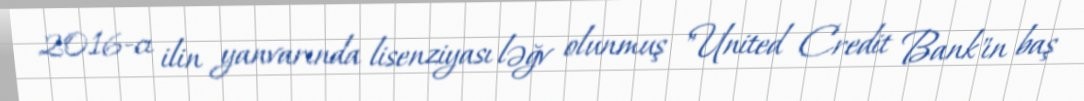
2016-cı ilin yanvarında lisenziyası ləğv olunmuş "United Credit Bank"ın baş